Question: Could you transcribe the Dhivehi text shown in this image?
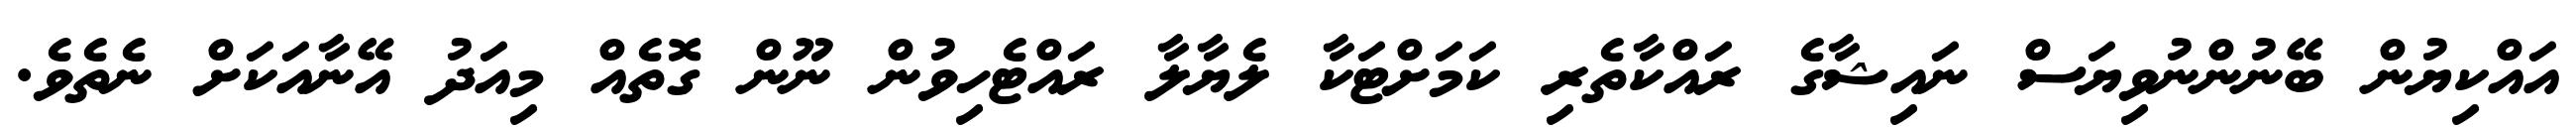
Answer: އައްކިޔުން ބޭނުންނުވިޔަސް ނައިޝާގެ ރައްކާތެރި ކަމަށްޓަކާ ލެޔާލާ ރައްޓެހިވުން ނޫން ގޮތެއް މިއަދު އޭނާއަކަށް ނެތެވެ.